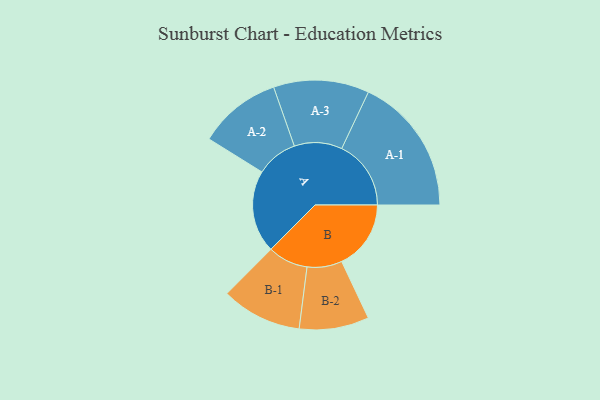
{"axis": {"x": "Segment", "y": "Value"}, "legend": ["", "A", "B"], "data": [{"x": "A", "y": 338, "type": ""}, {"x": "B", "y": 284, "type": ""}, {"x": "A-1", "y": 284, "type": "A"}, {"x": "A-2", "y": 170, "type": "A"}, {"x": "A-3", "y": 196, "type": "A"}, {"x": "B-1", "y": 165, "type": "B"}, {"x": "B-2", "y": 143, "type": "B"}]}